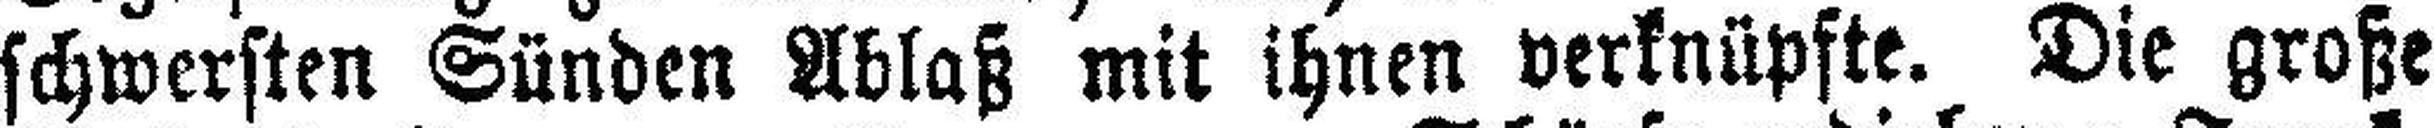
schwersten Sünden Ablaß mit ihnen verknüpfte. Die große